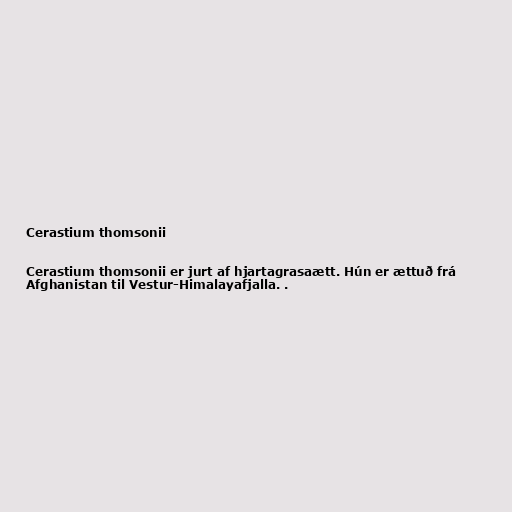
Cerastium thomsonii

Cerastium thomsonii er jurt af hjartagrasaætt. Hún er ættuð frá
Afghanistan til Vestur-Himalayafjalla. .